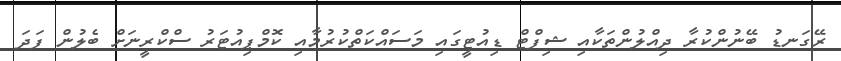
ރޭގަނޑު ބޭނުންކުރާ ދިއްލުންތަކާއި ޝިފްޓް ޑިއުޓީގައި މަސައްކަތްކުރުމާއި ކޮމްޕިއުޓަރު ސްކްރީނަށް ބެލުން ފަދަ